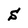
Character: S